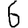
Digit: 6